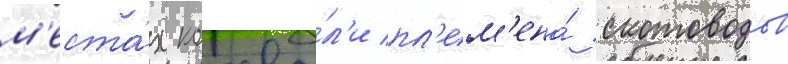
м'еста́х кочева́л'и пл'ем'ена́ скотоводов